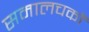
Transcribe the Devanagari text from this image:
समालचकों